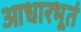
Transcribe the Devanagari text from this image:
आधारभूतं